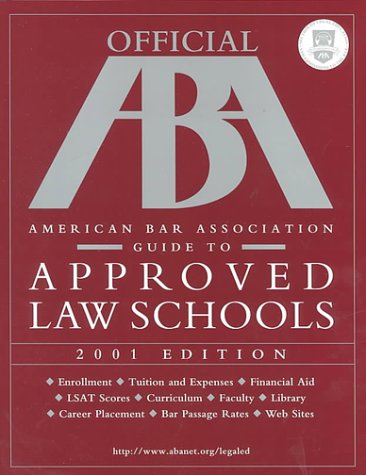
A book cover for Arco Official American Bar Association Guide to Approved Law Schools 2001; Education & Teaching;